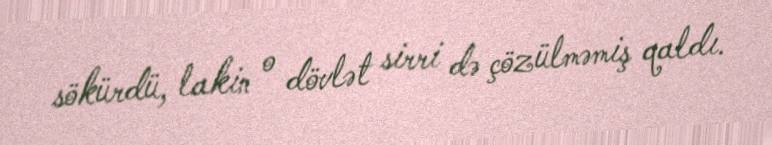
sökürdü, lakin o dövlət sirri də çözülməmiş qaldı.